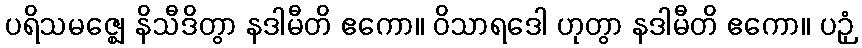
ပရိသမဇ္ဈေ နိသီဒိတွာ နဒါမီတိ ဧကော။ ဝိသာရဒေါ ဟုတွာ နဒါမီတိ ဧကော။ ပဉှံ